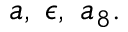
a , \; \epsilon , \; a _ { 8 } .